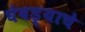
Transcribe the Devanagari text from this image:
घेवड्याचे